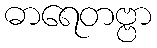
ဓာရေတဗ္ဗာ